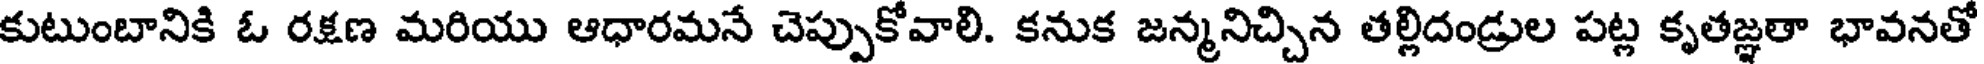
కుటుంబానికి ఓ రక్షణ మరియు ఆధారమనే చెప్పుకోవాలి. కనుక జన్మనిచ్చిన తల్లిదండ్రుల పట్ల కృతజ్ఞతా భావనతో